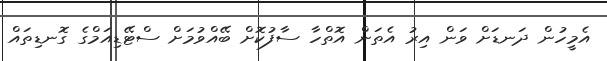
އެމީހުން ދަނޑަށް ވަން އިރު އެތަން އޮތްހާ ސާފުކޮށް ބޭއްވުމަށް ސްޓޭޑިއަމްގެ ގޮނޑިތައް